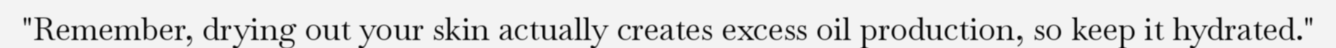
"Remember, drying out your skin actually creates excess oil production, so keep it hydrated."